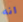
انه